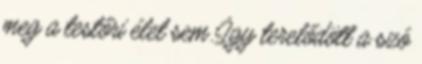
meg a testőri élet sem. Így terelődött a szó